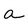
Character: a